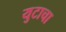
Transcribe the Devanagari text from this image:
युटाचा